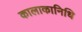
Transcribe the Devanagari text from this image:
कालाकानिधि